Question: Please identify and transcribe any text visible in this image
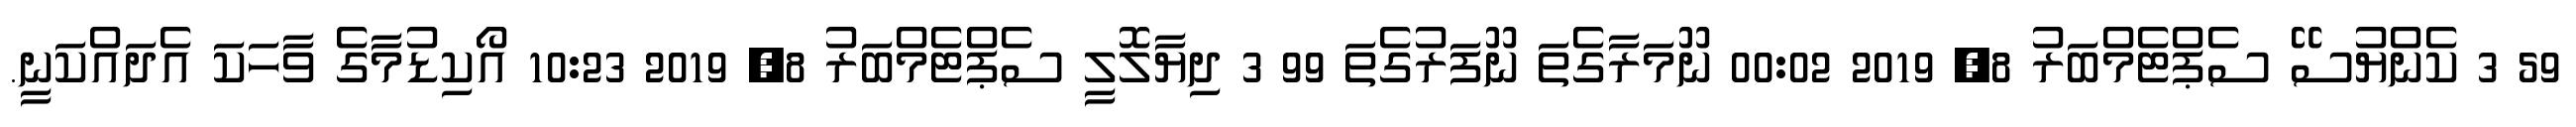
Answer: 59 3 ކެންޔުސޭ ސެޕްޓެމްބަރު 8, 2019 00:02 ނޫމަރާގެތަ ނޫފަރުގެތަ 99 3 ދިޔާލޮލީ ސެޕްޓެމްބަރު 8, 2019 10:23 އޯކިޑުމާގެ ވާހަކަ އެދައްކަނީ.